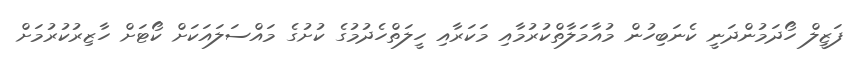
ފަޒީލް ހޯދަމުންދަނީ ކެނަބިހުން މުއާމަލާތްކުރުމާއި މަކަރާއި ހީލަތްހެދުމުގެ ކުށުގެ މައްސަލައަކަށް ކޯޓަށް ހާޒިރުކުރުމަށް